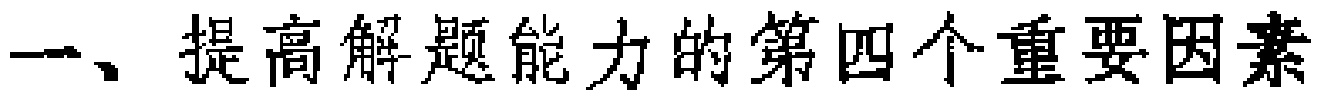
一、提高解题能力的第四个重要因素